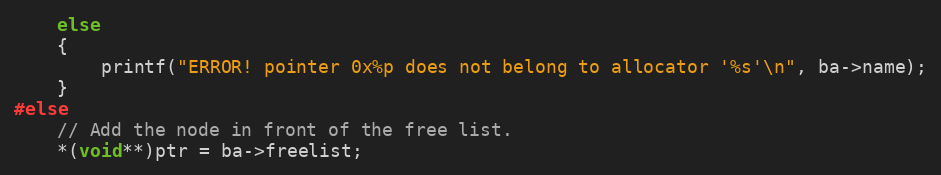
Language: C
	else
	{
		printf("ERROR! pointer 0x%p does not belong to allocator '%s'\n", ba->name);
	}
#else
	// Add the node in front of the free list.
	*(void**)ptr = ba->freelist;